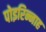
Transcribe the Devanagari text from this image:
पोइरिन्नाह